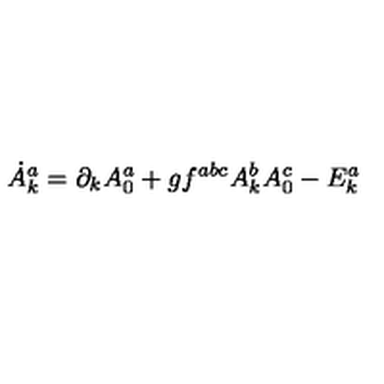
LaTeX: \dot { A } _ { k } ^ { a } = \partial _ { k } A _ { 0 } ^ { a } + g f ^ { a b c } A _ { k } ^ { b } A _ { 0 } ^ { c } - E _ { k } ^ { a }